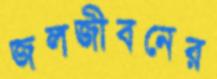
জলজীবনের